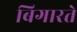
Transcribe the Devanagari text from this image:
बिगारते